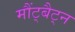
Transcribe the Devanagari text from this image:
मौंट्बैट्न